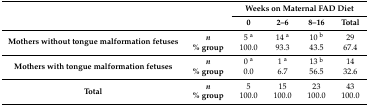
| <ROWSPAN=2-COLSPAN=2>  | <COLSPAN=4> Weeks on Maternal FAD Diet |
 | 0 | 2–6 | 8–16 | Total |
 | --- | --- | --- | --- | --- | --- |
 | <ROWSPAN=2> Mothers without tongue malformation fetuses | n | 5 a | 14 a | 10 b | 29 |
 | % group | 100.0 | 93.3 | 43.5 | 67.4 |
 | <ROWSPAN=2> Mothers with tongue malformation fetuses | n | 0 a | 1 a | 13 b | 14 |
 | % group | 0.0 | 6.7 | 56.5 | 32.6 |
 | <ROWSPAN=2> Total | n | 5 | 15 | 23 | 43 |
 | % group | 100.0 | 100.0 | 100.0 | 100.0 |